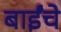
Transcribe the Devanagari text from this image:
बाईंचे